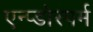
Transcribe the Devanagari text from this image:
एन्प्डोस्पर्म